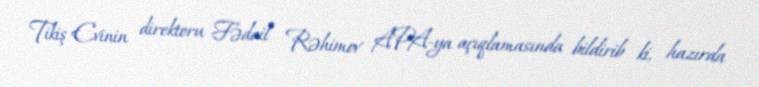
Tikiş Evinin direktoru Fədail Rəhimov APA-ya açıqlamasında bildirib ki, hazırda